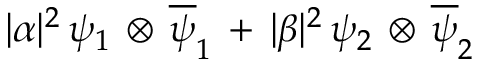
| { \alpha } | ^ { 2 } \, { \psi } _ { 1 } \, \otimes \, { \overline { { { \psi } } } _ { 1 } } \, + \, | { \beta } | ^ { 2 } \, { \psi } _ { 2 } \, \otimes \, { \overline { { { \psi } } } _ { 2 } }